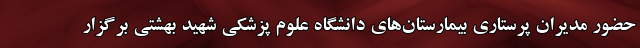
حضور مدیران پرستاری بیمارستان‌های دانشگاه علوم پزشکی شهید بهشتی برگزار